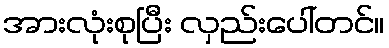
အားလုံးစုပြီး လှည်းပေါ်တင်။